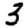
Digit: 3